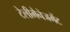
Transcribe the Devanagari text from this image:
टेलीमैनेजमेंट